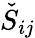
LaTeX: \check{S}_{ij}